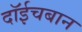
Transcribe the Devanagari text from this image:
दॉईचबान